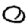
Digit: 0